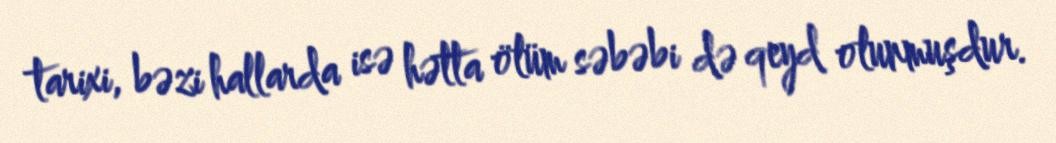
tarixi, bəzi hallarda isə hətta ölüm səbəbi də qeyd olunmuşdur.